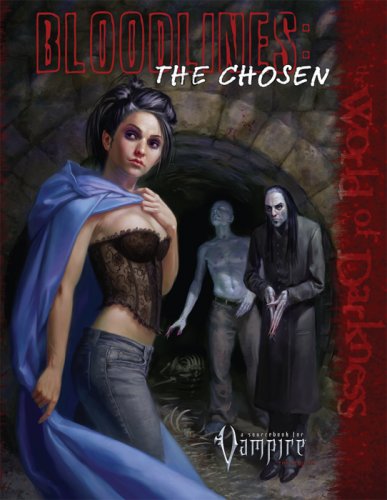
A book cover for Vampire Bloodlines 3 The Chosen (Vampire: The Requiem (White Wolf)); Roger William Barnes; Science Fiction & Fantasy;